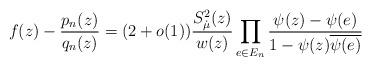
LaTeX: \begin{align*}f(z) - \frac {p_n(z)}{q_n(z)} = (2+o(1))\frac{S_{\dot\mu}^2(z)}{w(z)}\prod_{e\in E_n}\frac{\psi(z)-\psi(e)}{1-\psi(z)\overline{\psi(e)}}\end{align*}